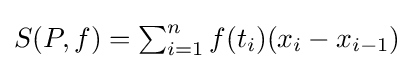
S(P,f)=\textstyle \sum _{i=1}^{n}\displaystyle f(t_{i})(x_{i}-x_{i-1})